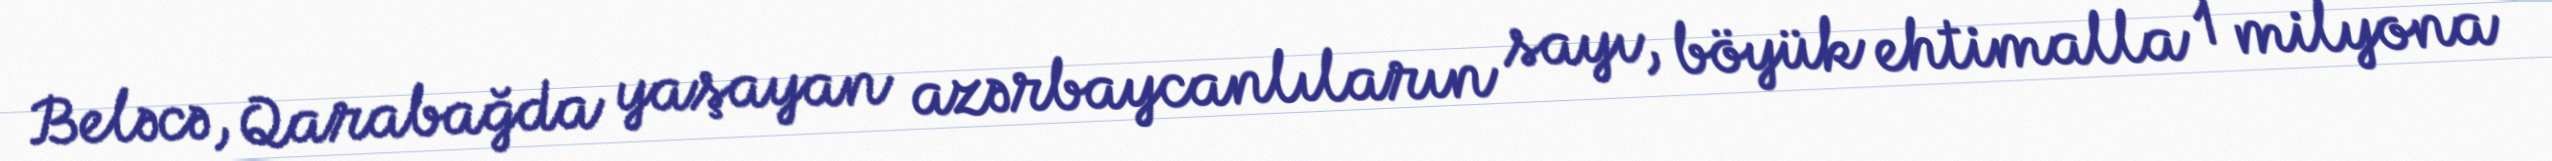
Beləcə, Qarabağda yaşayan azərbaycanlıların sayı, böyük ehtimalla 1 milyona